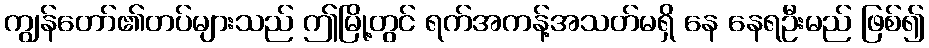
ကျွန်တော်၏တပ်များသည် ဤမြို့တွင် ရက်အကန့်အသတ်မရှိ နေ နေရဦးမည် ဖြစ်၍